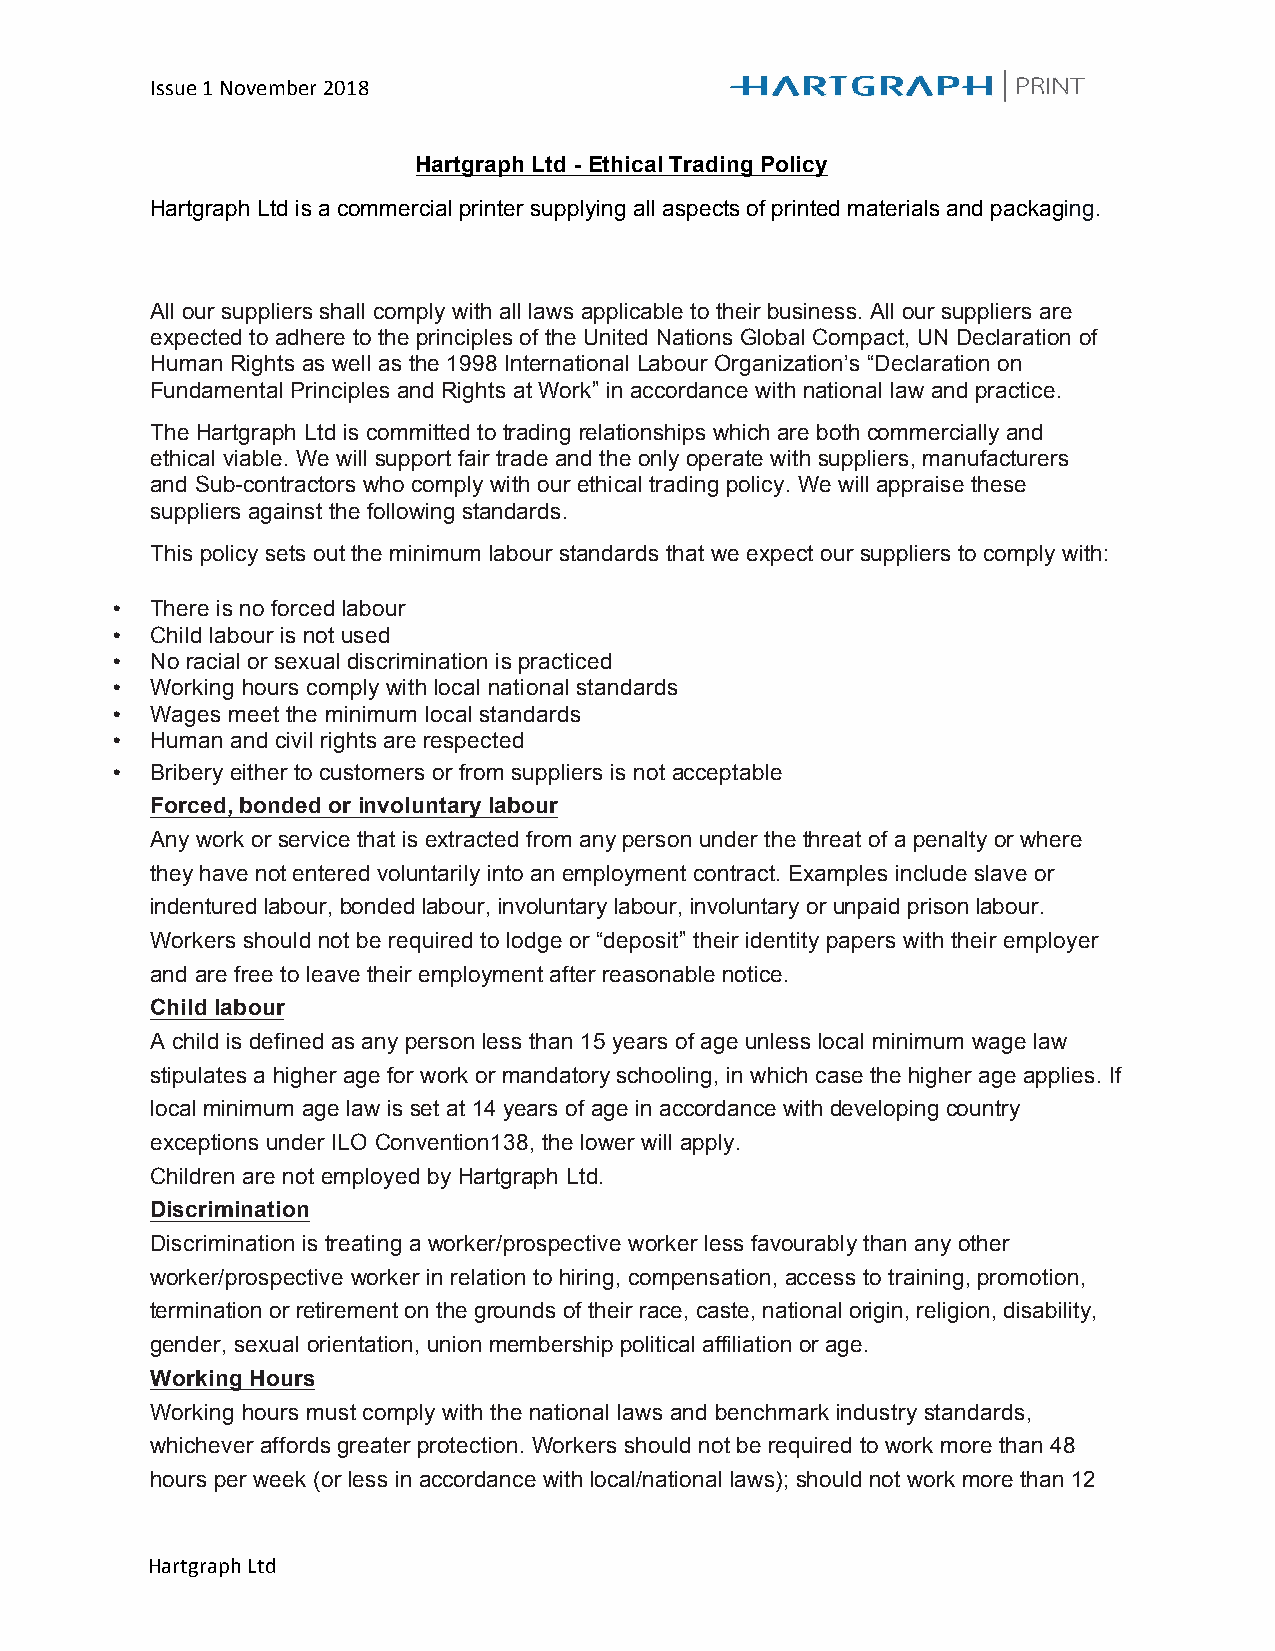
Issue 1 November 2018
 Hartgraph Ltd - Ethical Trading Policy
 Hartgraph Ltd is a commercial printer supplying all aspects of printed materials and packaging.
 All our suppliers shall comply with all laws applicable to their business. All our suppliers are
 expected to adhere to the principles of the United Nations Global Compact, UN Declaration of
 Human Rights as well as the 1998 International Labour Organization’s “Declaration on
 Fundamental Principles and Rights at Work” in accordance with national law and practice.
 The Hartgraph Ltd is committed to trading relationships which are both commercially and
 ethical viable. We will support fair trade and the only operate with suppliers, manufacturers
 and Sub-contractors who comply with our ethical trading policy. We will appraise these
 suppliers against the following standards.
 This policy sets out the minimum labour standards that we expect our suppliers to comply with:
 •  There is no forced labour
 •  Child labour is not used
 •  No racial or sexual discrimination is practiced
 •  Working hours comply with local national standards
 •  Wages meet the minimum local standards
 •  Human and civil rights are respected
 •  Bribery either to customers or from suppliers is not acceptable
 Forced, bonded or involuntary labour
 Any work or service that is extracted from any person under the threat of a penalty or where
 they have not entered voluntarily into an employment contract. Examples include slave or
 indentured labour, bonded labour, involuntary labour, involuntary or unpaid prison labour.
 Workers should not be required to lodge or “deposit” their identity papers with their employer
 and are free to leave their employment after reasonable notice.
 Child labour
 A child is defined as any person less than 15 years of age unless local minimum wage law
 stipulates a higher age for work or mandatory schooling, in which case the higher age applies. If
 local minimum age law is set at 14 years of age in accordance with developing country
 exceptions under ILO Convention138, the lower will apply.
 Children are not employed by Hartgraph Ltd.
 Discrimination
 Discrimination is treating a worker/prospective worker less favourably than any other
 worker/prospective worker in relation to hiring, compensation, access to training, promotion,
 termination or retirement on the grounds of their race, caste, national origin, religion, disability,
 gender, sexual orientation, union membership political affiliation or age.
 Working Hours
 Working hours must comply with the national laws and benchmark industry standards,
 whichever affords greater protection. Workers should not be required to work more than 48
 hours per week (or less in accordance with local/national laws); should not work more than 12
 Hartgraph Ltd